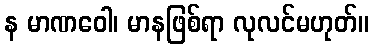
န မာဏဝေါ၊ မာနဖြစ်ရာ လုလင်မဟုတ်။